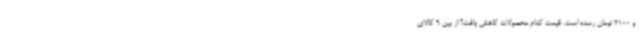
و 2100 تومان رسده است. قیمت کدام محصولات کاهش یافت؟ از بین 9 کالای